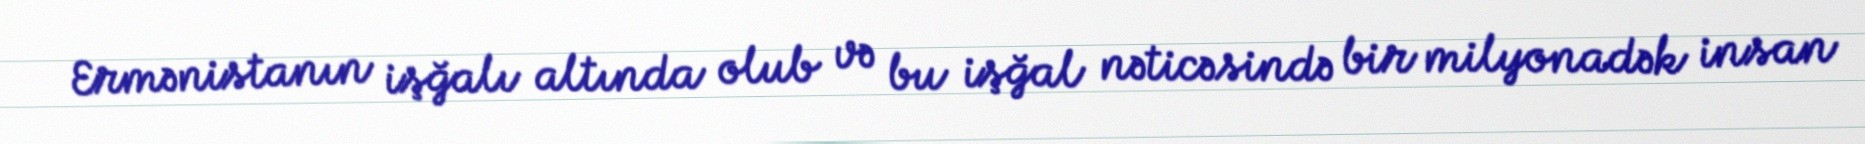
Ermənistanın işğalı altında olub və bu işğal nəticəsində bir milyonadək insan